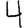
Digit: 4